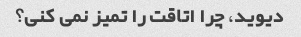
دیوید، چرا اتاقت را تمیز نمی کنی؟